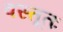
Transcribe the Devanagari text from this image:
वस्तूतः